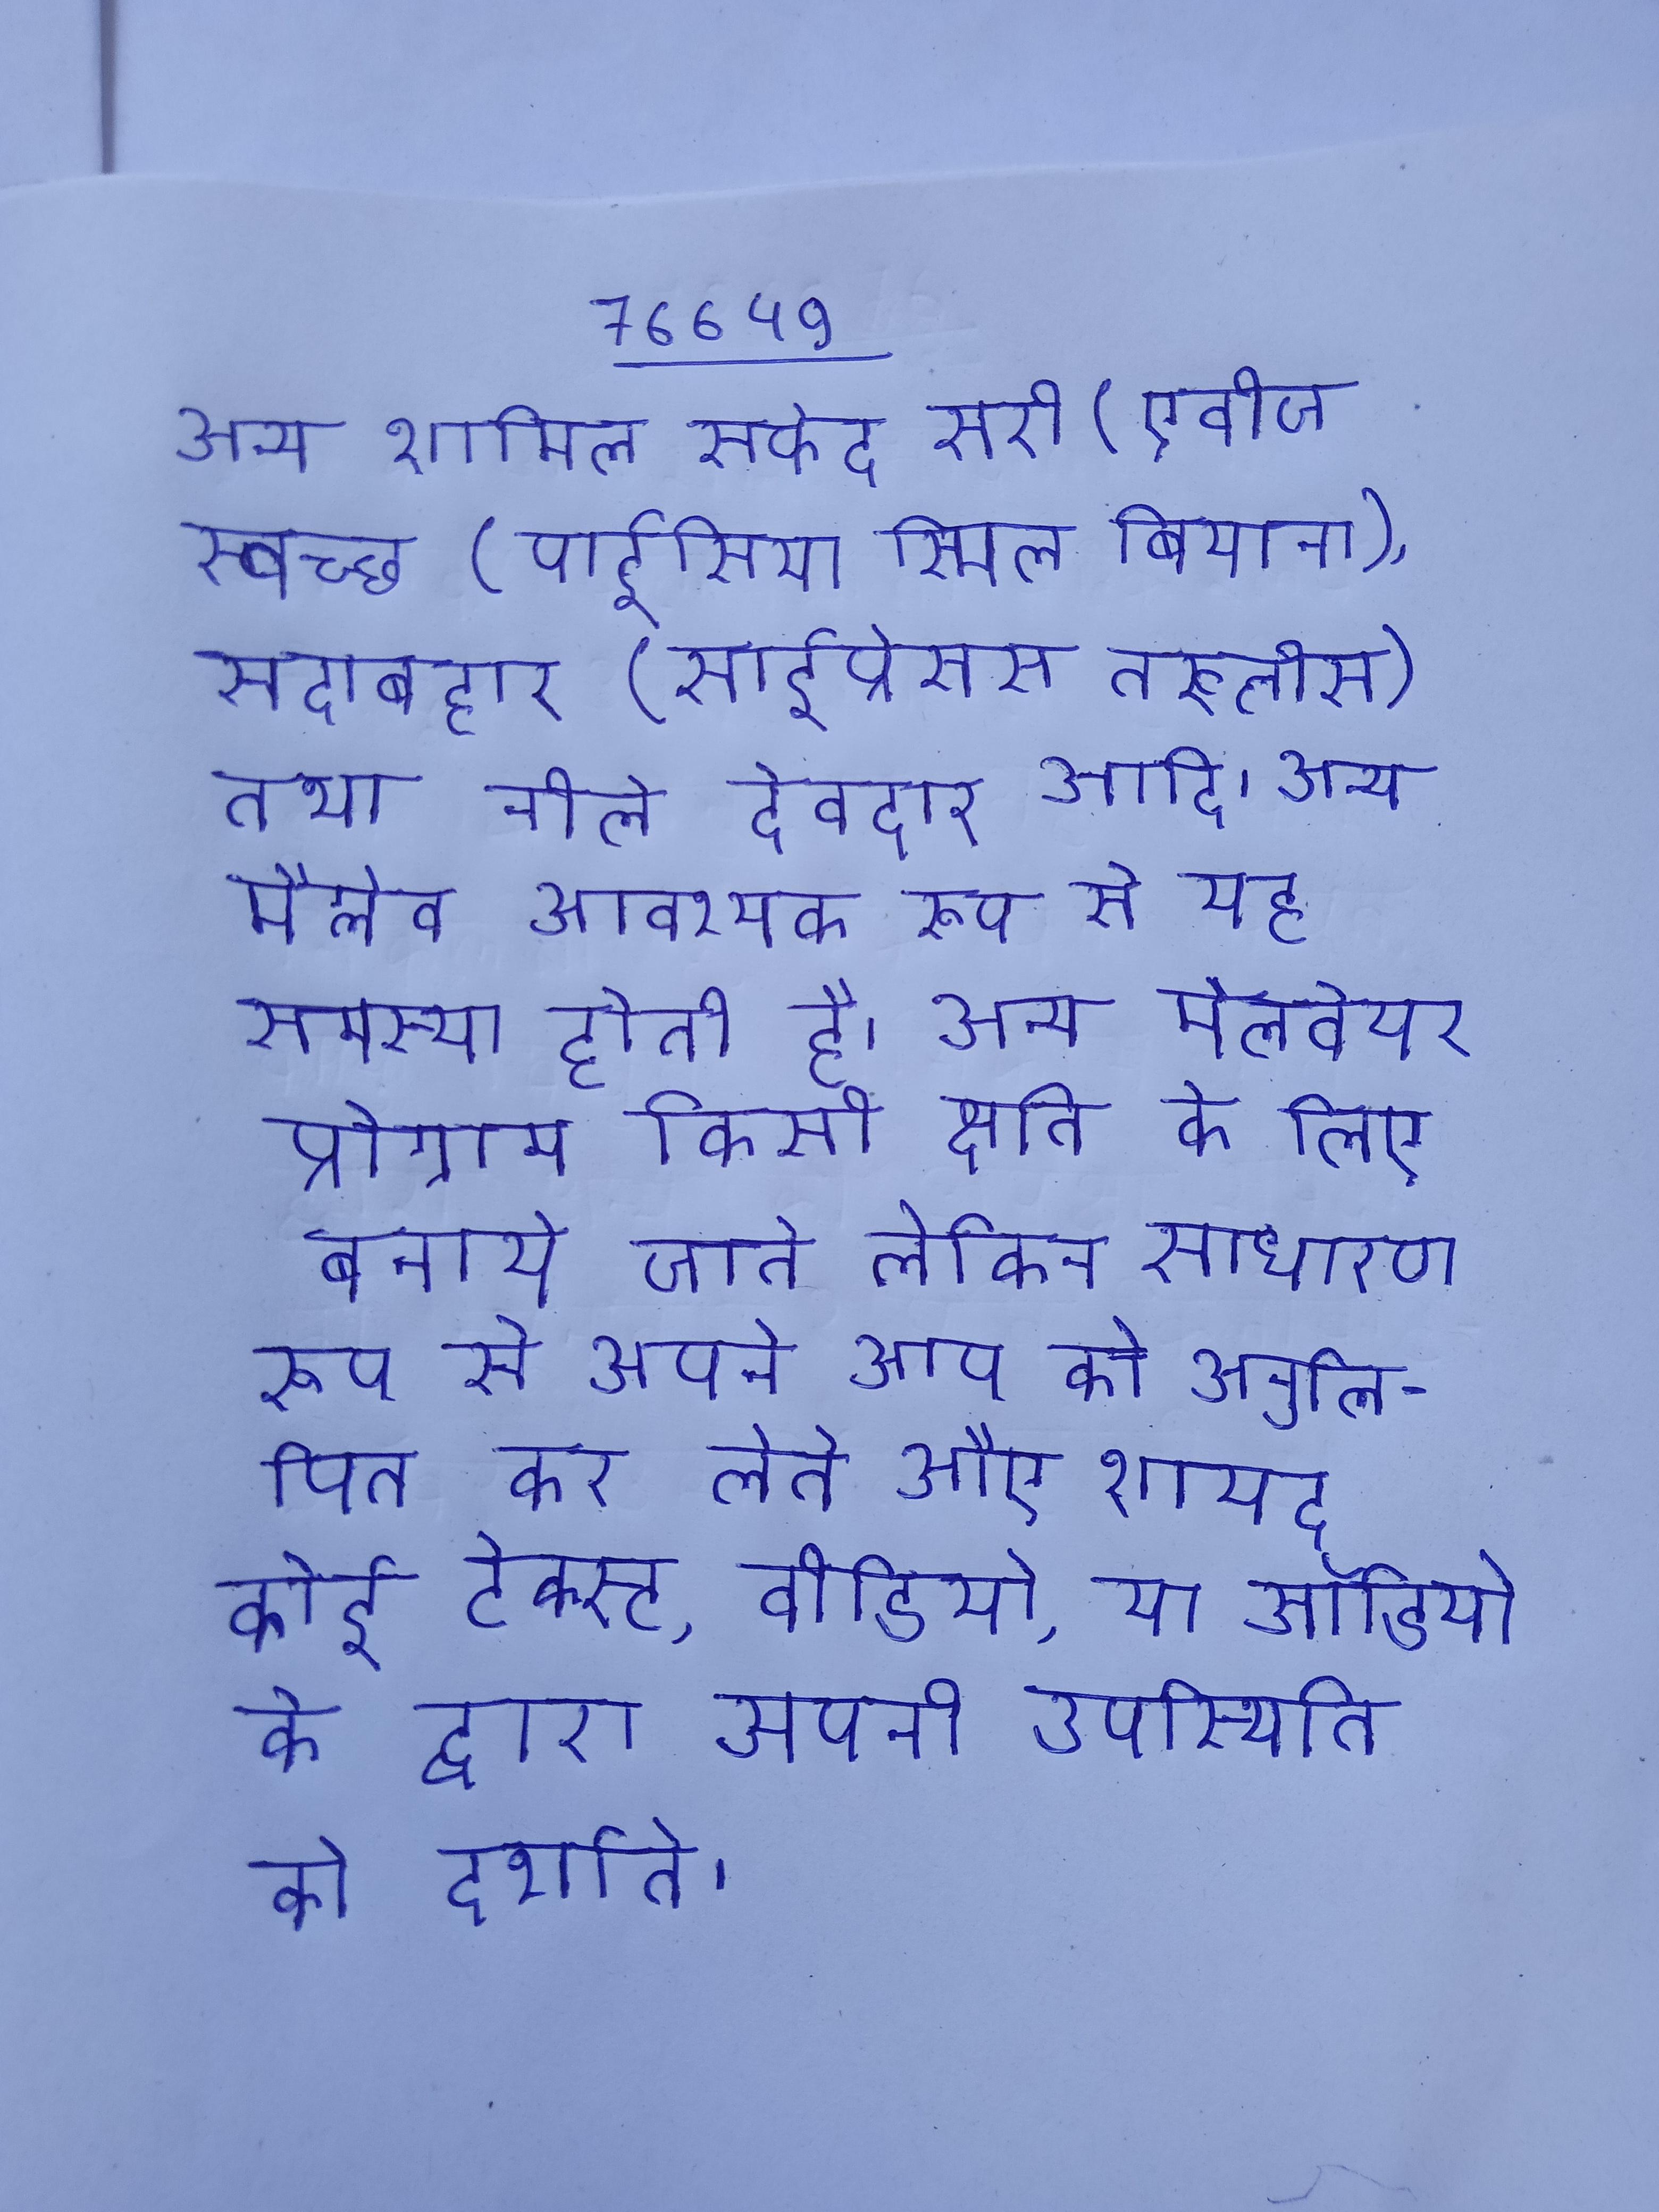
अन्य शामिल सफेद सरो (एवीज स्वच्छ (पाईसिया स्मिल बियाना), सदाबहार (साईप्रेसस तरूलोस) तथा नीले देवदार आदि । अन्य मैग्लेव आवश्यक रूप से यह समस्या होती है । अन्य मैलवेयर प्रोग्राम किसी क्षति के लिए बनाये जाते लेकिन साधारण रूप से अपने आप को अनुलिपित कर लेते औए शायद कोई टेक्स्ट, वीडियो, या ऑडियो के द्वारा अपनी उपस्थिति को दर्शाते ।